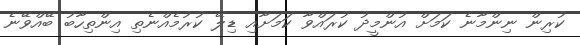
ކުރިން ނިންމާނެ ކަމަށް އުންމީދު ކުރައްވާ ކަމަށާއި ޑިލޭ ކުރުމެއްނެތި އިންތިހާބު ބޭއްވޭނެ